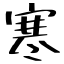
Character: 寒